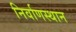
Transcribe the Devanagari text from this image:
निर्वाणस्थान